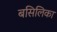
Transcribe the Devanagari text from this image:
बसिलिका